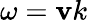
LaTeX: \omega=\mathbf{v}k